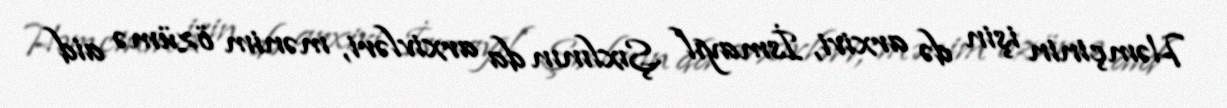
Həmçinin işin də arxivi, İsmayıl Şıxlının da arxivləri, mənim özümə aid